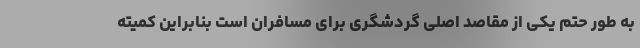
به طور حتم یکی از مقاصد اصلی گردشگری برای مسافران است بنابراین کمیته